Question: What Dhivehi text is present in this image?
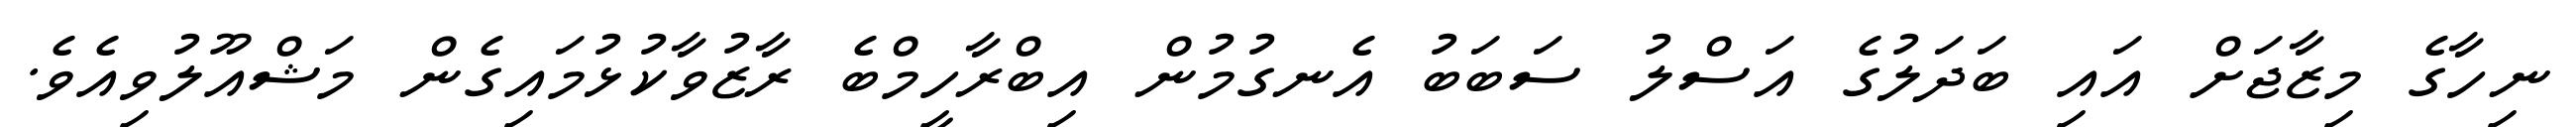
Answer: ނިހާގެ މިޒާޖަށް އައި ބަދަލުގެ އަސްލު ސަބަބު އެނގުމުން އިބްރާހީމްބެ ރާޒުވާކުޅުމައިގެން މަޝްއޫލުވިއެވެ.